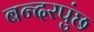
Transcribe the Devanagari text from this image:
बन्दरपुंछ